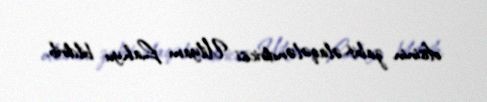
ofisinin zabit-əlaqələndiricisi Uilyam Lahyu bildirib.